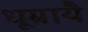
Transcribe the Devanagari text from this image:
धूम्रायै